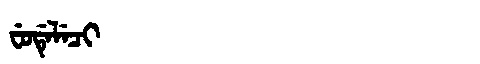
Manchu: ᠸᡠᡩᡝᠯᡝᠴᡳ
Romanization: FUDELECI